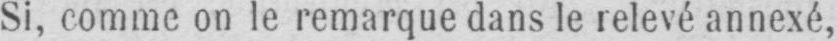
Si, comme on le remarque dans le relevé annexé,